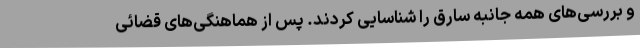
و بررسی‌های همه جانبه سارق را شناسایی کردند. پس از هماهنگی‌های قضائی